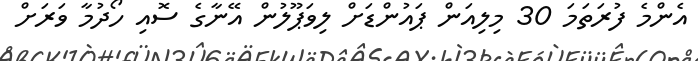
އެންމެ ފުރަތަމަ 30 މިލިއަން ޕައުންޑަށް ލިވަޕޫލުން އޭނާގެ ސޮއި ހޯދުމާ ވަރަށް